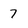
Character: 7